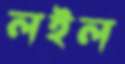
লইল